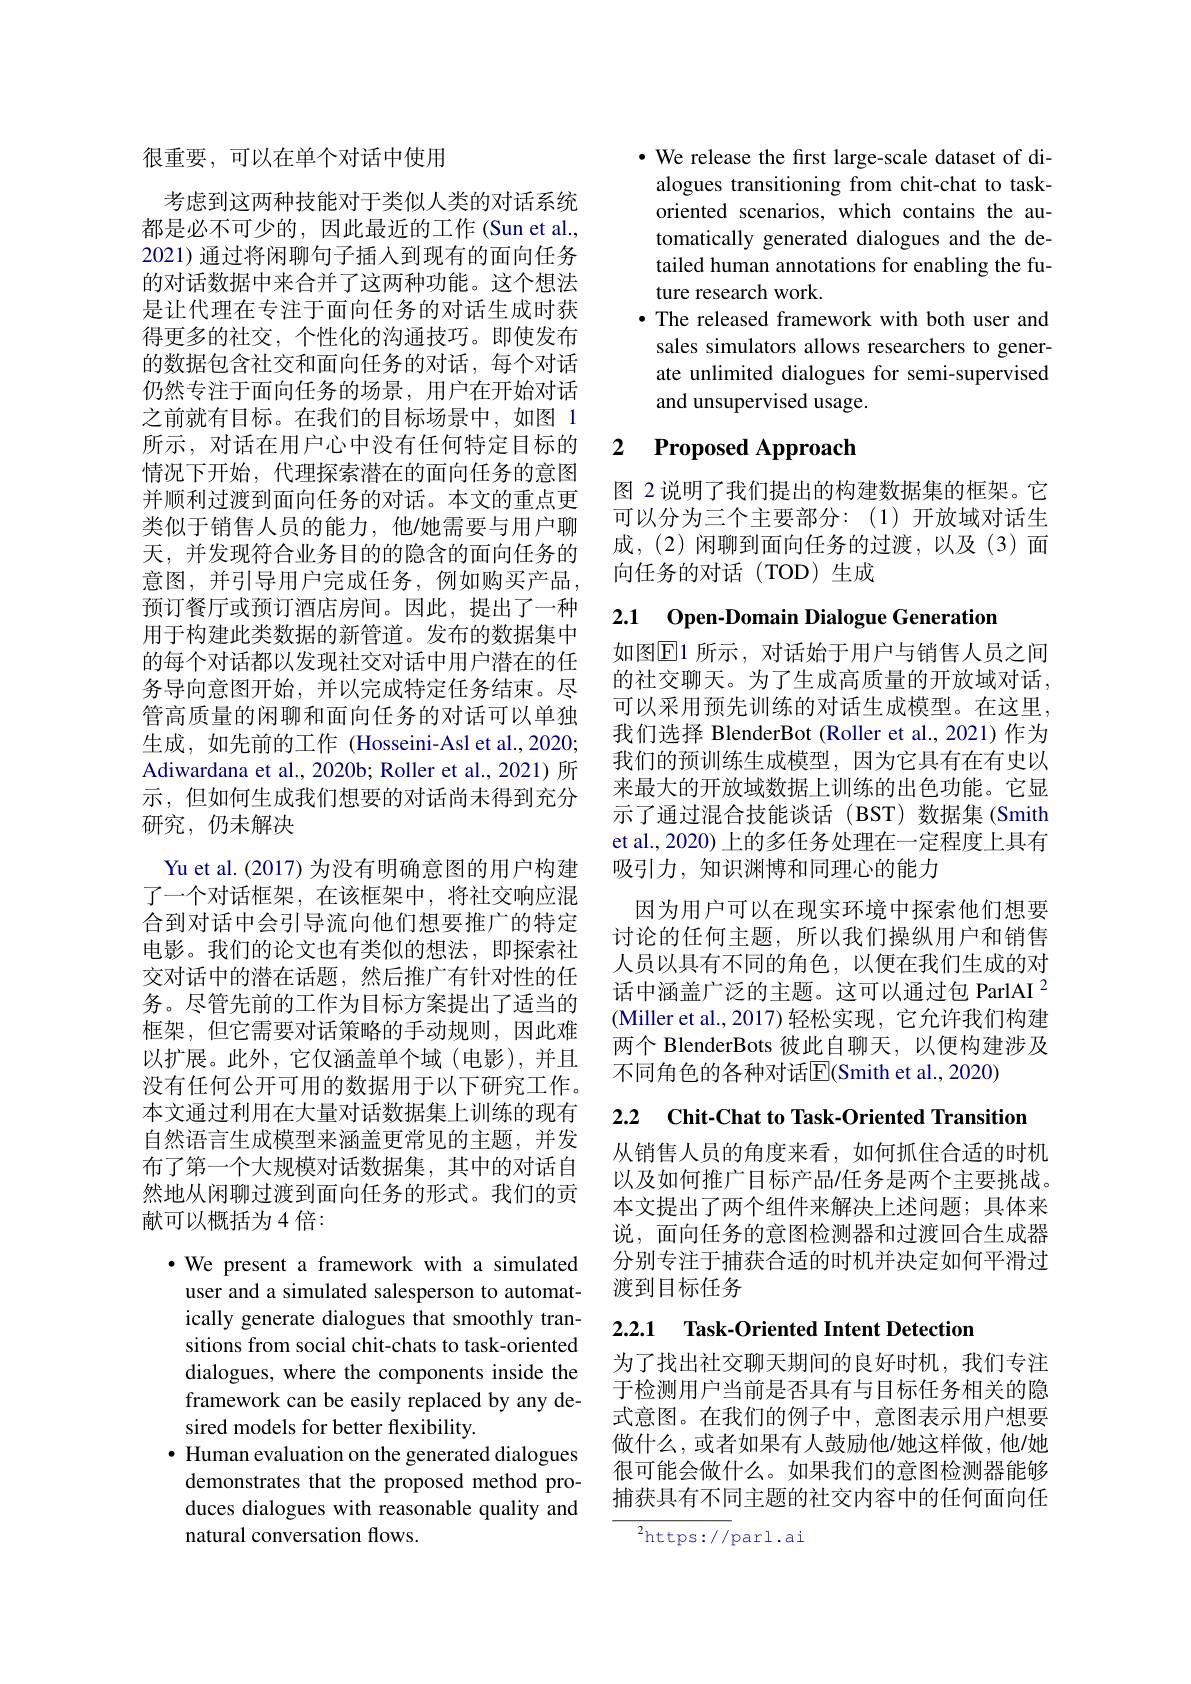
很重要，可以在单个对话中使用

考虑到这两种技能对于类似人类的对话系统都是必不可少的，因此最近的工作(Sun et al., 2021)通过将闲聊句子插人到现有的面向任务的对话数据中来合并了这两种功能。这个想法是让代理在专注于面向任务的对话生成时获得更多的社交，个性化的沟通技巧。即使发布的数据包含社交和面向任务的对话，每个对话仍然专注于面向任务的场景，用户在开始对话之前就有目标。在我们的目标场景中，如图 1所示，对话在用户心中没有任何特定目标的情况下开始，代理探索潜在的面向任务的意图并顺利过渡到面向任务的对话。本文的重点更类似于销售人员的能力，他/她需要与用户聊天，并发现符合业务目的的隐含的面向任务的意图，并引导用户完成任务，例如购买产品， 预订餐厅或预订酒店房间。因此，提出了一种用于构建此类数据的新管道。发布的数据集中的每个对话都以发现社交对话中用户潜在的任务导向意图开始，并以完成特定任务结束。尽管高质量的闲聊和面向任务的对话可以单独生成，如先前的工作 (Hosseini-Asl et al.,2020; Adiwardana et al., 2020b; Roller et al., 2021) 所示，但如何生成我们想要的对话尚未得到充分研究，仍未解决
Yu et al. (2017) 为没有明确意图的用户构建了一个对话框架，在该框架中，将社交响应混合到对话中会引导流向他们想要推广的特定电影。我们的论文也有类似的想法，即探索社交对话中的潜在话题，然后推广有针对性的任务。尽管先前的工作为目标方案提出了适当的框架，但它需要对话策略的手动规则，因此难以扩展。此外，它仅涵盖单个域(电影),并且没有任何公开可用的数据用于以下研究工作。本文通过利用在大量对话数据集上训练的现有自然语言生成模型来涵盖更常见的主题，并发布了第一个大规模对话数据集，其中的对话自然地从闲聊过渡到面向任务的形式。我们的贡献可以概括为4倍：
$\bullet$ We present a framework with a simulated user and a simulated salesperson to automatically generate dialogues that smoothly tran-

sitions from social chit-chats to task-oriented dialogues, where the components inside the framework can be easily replaced by any desired models for better flexibility.
$\bullet$ Human evaluation on the generated dialogues demonstrates that the proposed method produces dialogues with reasonable quality and natural conversation flows.

· We release the first large-scale dataset of di-
alogues transitioning from chit-chat to taskoriented scenarios, which contains the automatically generated dialogues and the detailed human annotations for enabling the future research work.
·The released framework with both user and
sales simulators allows researchers to generate unlimited dialogues for semi-supervised and unsupervised usage.

## 2 $\textbf{Proposed Approach}$

图 2 说明了我们提出的构建数据集的框架。它可以分为三个主要部分：(1)开放域对话生成，(2)闲聊到面向任务的过渡，以及(3)面向任务的对话(TOD)生成

2.1 Open-Domain Dialogue Generation

如图$\mathbb{E}$1 所示，对话始于用户与销售人员之间的社交聊天。为了生成高质量的开放域对话， 可以采用预先训练的对话生成模型。在这里， 我们选择 BlenderBot (Roller et al., 2021)作为我们的预训练生成模型，因为它具有在有史以来最大的开放域数据上训练的出色功能。它显示了通过混合技能谈话(BST)数据集(Smith et al., 2020) 上的多任务处理在一定程度上具有吸引力，知识渊博和同理心的能力
因为用户可以在现实环境中探索他们想要讨论的任何主题，所以我们操纵用户和销售人员以具有不同的角色，以便在我们生成的对话中涵盖广泛的主题。这可以通过包 ParlAI $^{2}$ (Miller et al., 2017) 轻松实现，它允许我们构建两个 BlenderBots 彼此自聊天，以便构建涉及不同角色的各种对话$\overline{\mathrm{E}}($Smith et al., 2020)

2.2 Chit-Chat to Task-Oriented Transition

从销售人员的角度来看，如何抓住合适的时机以及如何推广目标产品/任务是两个主要挑战。本文提出了两个组件来解决上述问题；具体来说，面向任务的意图检测器和过渡回合生成器分别专注于捕获合适的时机并决定如何平滑过渡到目标任务

# 2.2.1 Task-Oriented Intent Detection

为了找出社交聊天期间的良好时机，我们专注于检测用户当前是否具有与目标任务相关的隐式意图。在我们的例子中，意图表示用户想要做什么，或者如果有人鼓励他/她这样做，他/她很可能会做什么。如果我们的意图检测器能够捕获具有不同主题的社交内容中的任何面向任

$^2$https://parl.ai